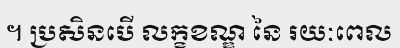
។ ប្រសិនបើ លក្ខខណ្ឌ នៃ រយៈពេល